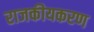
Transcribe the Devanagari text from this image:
राजकीयकरण